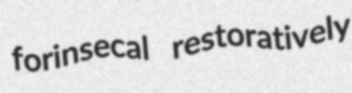
forinsecal restoratively